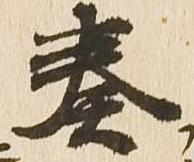
奏